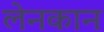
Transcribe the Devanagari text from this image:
लेनकान